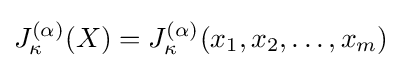
J_{\kappa }^{(\alpha )}(X)=J_{\kappa }^{(\alpha )}(x_{1},x_{2},\ldots ,x_{m})